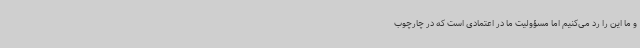
و ما این را رد می‌کنیم اما مسؤولیت ما در اعتمادی است که در چارچوب